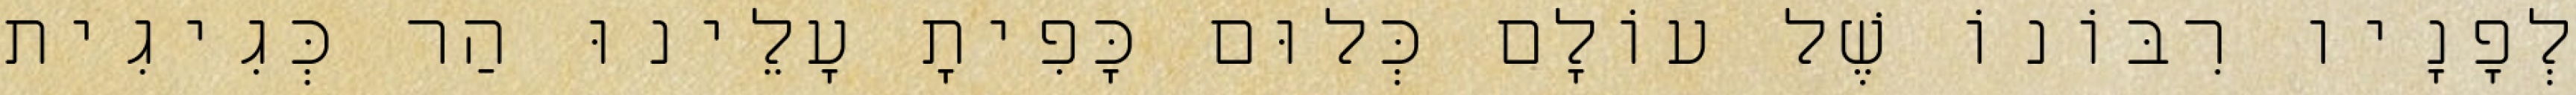
לְפָנָיו רִבּוֹנוֹ שֶׁל עוֹלָם כְּלוּם כָּפִיתָ עָלֵינוּ הַר כְּגִיגִית